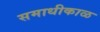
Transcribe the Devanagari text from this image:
समाधीकाळ